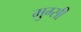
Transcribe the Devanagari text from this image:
मुग्सी